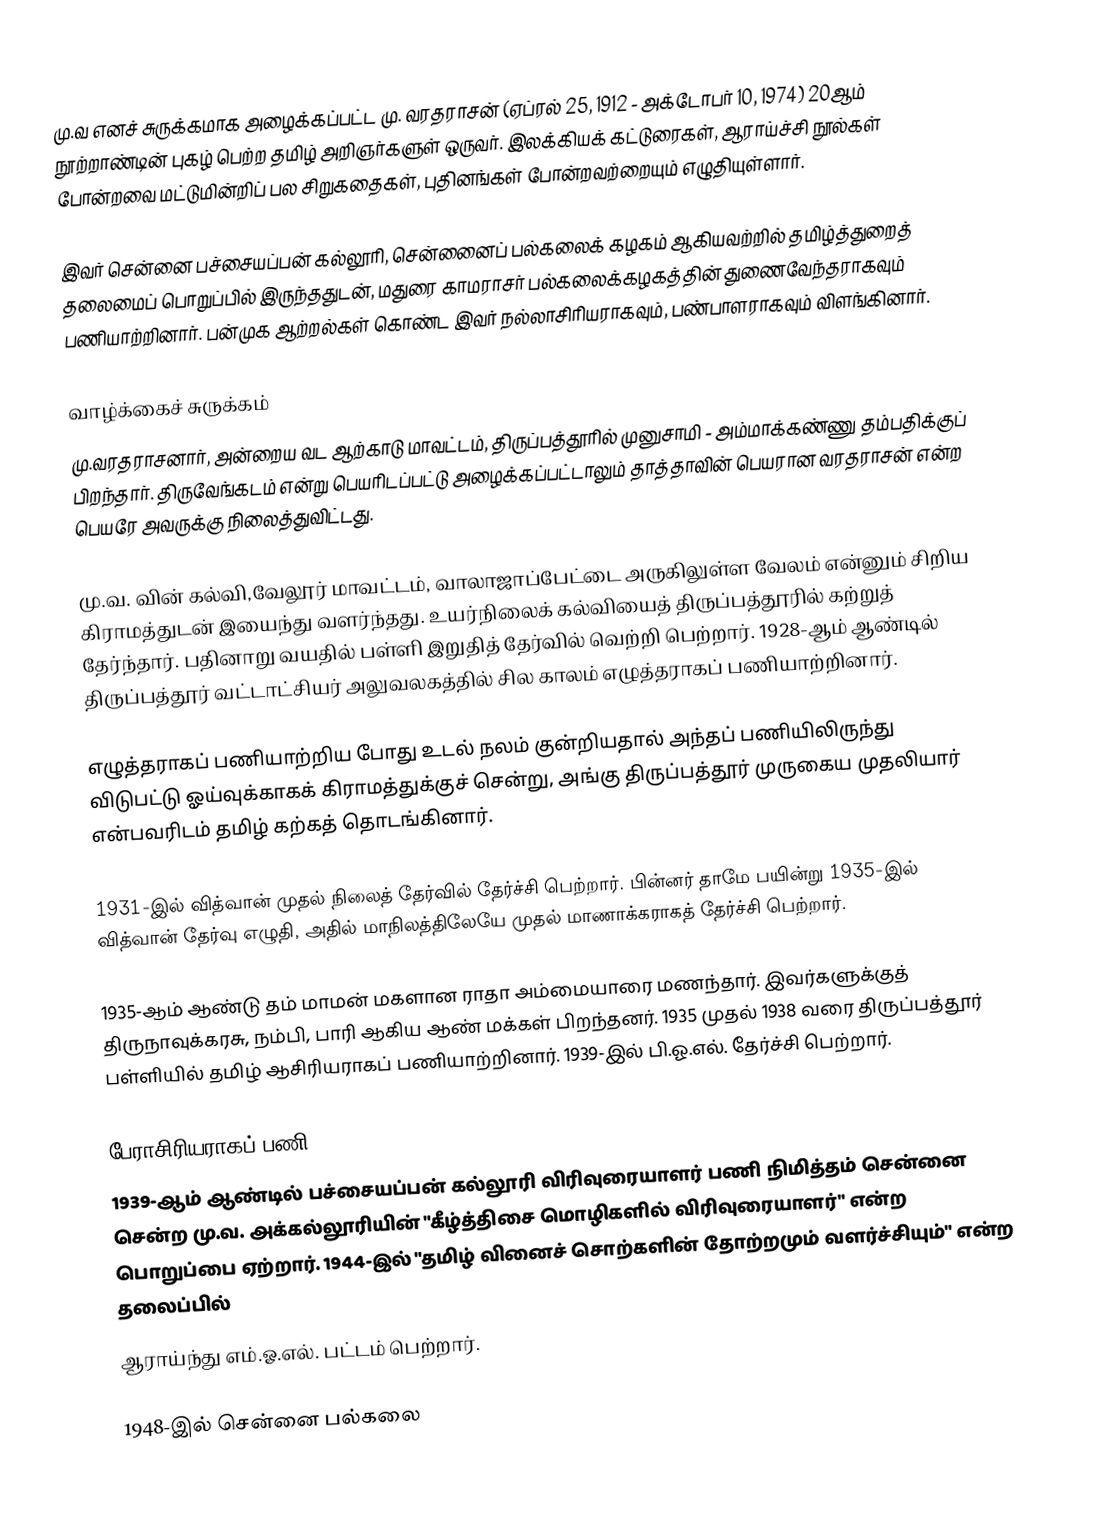
மு.வ எனச் சுருக்கமாக அழைக்கப்பட்ட மு. வரதராசன் (ஏப்ரல் 25, 1912 - அக்டோபர் 10, 1974) 20ஆம் நூற்றாண்டின் புகழ் பெற்ற தமிழ் அறிஞர்களுள் ஒருவர். இலக்கியக் கட்டுரைகள், ஆராய்ச்சி நூல்கள் போன்றவை மட்டுமின்றிப் பல சிறுகதைகள், புதினங்கள் போன்றவற்றையும் எழுதியுள்ளார்.

இவர் சென்னை பச்சையப்பன் கல்லூரி, சென்னைைப் பல்கலைக் கழகம் ஆகியவற்றில் தமிழ்த்துறைத் தலைமைப் பொறுப்பில் இருந்ததுடன், மதுரை காமராசர் பல்கலைக்கழகத்தின் துணைவேந்தராகவும் பணியாற்றினார். பன்முக ஆற்றல்கள் கொண்ட இவர் நல்லாசிரியராகவும், பண்பாளராகவும் விளங்கினார்.

வாழ்க்கைச் சுருக்கம்
மு.வரதராசனார், அன்றைய வட ஆற்காடு மாவட்டம், திருப்பத்தூரில்  முனுசாமி - அம்மாக்கண்ணு தம்பதிக்குப் பிறந்தார். திருவேங்கடம் என்று பெயரிடப்பட்டு அழைக்கப்பட்டாலும் தாத்தாவின் பெயரான வரதராசன் என்ற பெயரே அவருக்கு நிலைத்துவிட்டது.

மு.வ. வின் கல்வி,வேலூர் மாவட்டம், வாலாஜாப்பேட்டை அருகிலுள்ள வேலம் என்னும் சிறிய கிராமத்துடன் இயைந்து வளர்ந்தது. உயர்நிலைக் கல்வியைத் திருப்பத்தூரில் கற்றுத் தேர்ந்தார். பதினாறு வயதில் பள்ளி இறுதித் தேர்வில் வெற்றி பெற்றார். 1928-ஆம் ஆண்டில் திருப்பத்தூர் வட்டாட்சியர் அலுவலகத்தில் சில காலம் எழுத்தராகப் பணியாற்றினார்.

எழுத்தராகப் பணியாற்றிய போது உடல் நலம் குன்றியதால் அந்தப் பணியிலிருந்து விடுபட்டு ஓய்வுக்காகக் கிராமத்துக்குச் சென்று, அங்கு திருப்பத்தூர் முருகைய முதலியார் என்பவரிடம் தமிழ் கற்கத் தொடங்கினார்.

1931-இல் வித்வான் முதல் நிலைத் தேர்வில் தேர்ச்சி பெற்றார். பின்னர் தாமே பயின்று 1935-இல் வித்வான் தேர்வு எழுதி, அதில் மாநிலத்திலேயே முதல் மாணாக்கராகத் தேர்ச்சி பெற்றார்.

1935-ஆம் ஆண்டு தம் மாமன் மகளான ராதா அம்மையாரை மணந்தார். இவர்களுக்குத் திருநாவுக்கரசு, நம்பி, பாரி ஆகிய ஆண் மக்கள் பிறந்தனர். 1935 முதல் 1938 வரை திருப்பத்தூர் பள்ளியில் தமிழ் ஆசிரியராகப் பணியாற்றினார். 1939-இல் பி.ஓ.எல். தேர்ச்சி பெற்றார்.

பேராசிரியராகப் பணி
1939-ஆம் ஆண்டில் பச்சையப்பன் கல்லூரி விரிவுரையாளர் பணி நிமித்தம் சென்னை சென்ற மு.வ. அக்கல்லூரியின் "கீழ்த்திசை மொழிகளில் விரிவுரையாளர்" என்ற பொறுப்பை ஏற்றார். 1944-இல் "தமிழ் வினைச் சொற்களின் தோற்றமும் வளர்ச்சியும்" என்ற தலைப்பில்
ஆராய்ந்து எம்.ஓ.எல். பட்டம் பெற்றார்.

1948-இல் சென்னை பல்கலை